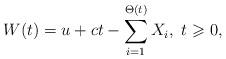
LaTeX: \begin{align*}W(t)=u+ct-\sum_{i=1}^{\Theta(t)}X_i,\ t\geqslant 0,\end{align*}